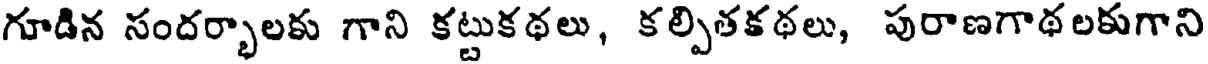
గూడిన సందర్భాలకు గాని కట్టుకథలు, కల్పితకథలు, పురాణగాథలకుగాని